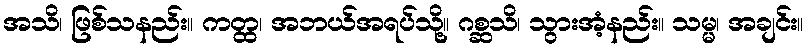
အသိ၊ ဖြစ်သနည်း။ ကတ္ထ၊ အဘယ်အရပ်သို့။ ဂစ္ဆသိ၊ သွားအံ့နည်း။ သမ္မ၊ အချင်း။